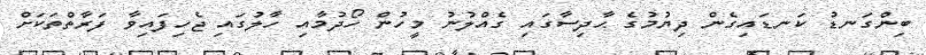
ބިންގަނޑު ކަނޑައިގެން ދިޔުމުގެ ޙާދިސާގައި ގެއްލުނު މީހުން ހޯދުމާއި ހާލުގައި ޖެހިފައިވާ ފަރާތްތަކަށް